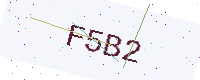
Text: F5B2